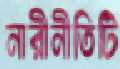
নারীনীতিটি